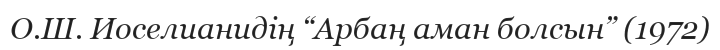
О.Ш. Иоселианидің “Арбаң аман болсын” (1972)